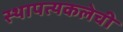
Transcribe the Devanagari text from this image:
स्थापत्यकलेची